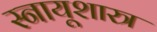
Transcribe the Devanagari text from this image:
स्नायूशास्त्र